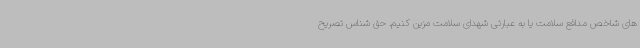
های شاخص مدافع سلامت یا به عبارتی شهدای سلامت مزین کنیم. حق شناس تصریح